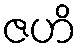
ဇဟိ